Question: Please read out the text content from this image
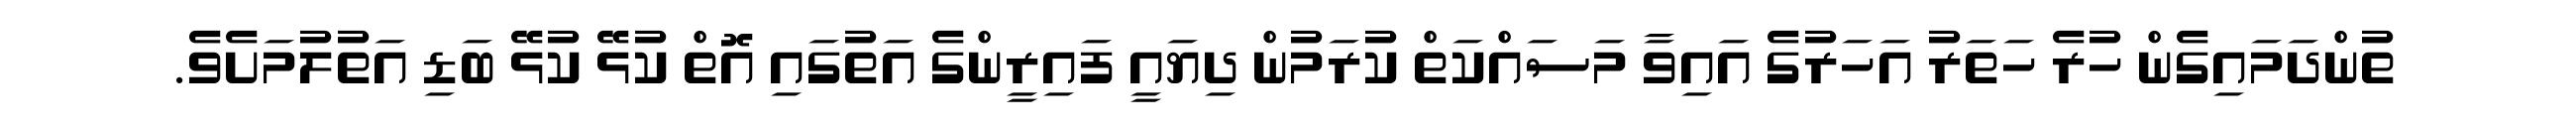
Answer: ތުންދަމައިގެން ހުރެ ހަތަރު އަހަރުގެ އައިވާ މަސައްކަތް ކުރަމުން ދިޔައީ ފައިރީންގެ އަތުގައި އޮތް ކުޅޭ ކުޅޭ ބަޑި އަތުލުމަށެވެ.